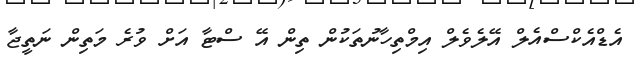
އެޑްއެކްސްއެލް އޭލެވެލް އިމްތިހާނުތަކުން ތިން އޭ ސްޓާ އަށް ވުރެ މަތިން ނަތީޖާ